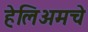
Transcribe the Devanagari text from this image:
हेलिअमचे